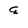
Character: q